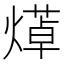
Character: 㷹